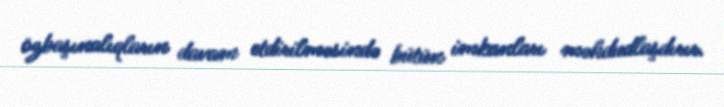
özbaşınalıqların davam etdirilməsində bütün imkanları məhdudlaşdırır.